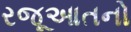
રજૂઆતનો